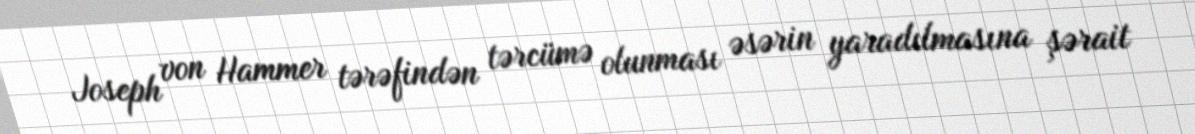
Joseph von Hammer tərəfindən tərcümə olunması əsərin yaradılmasına şərait